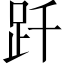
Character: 𧿐